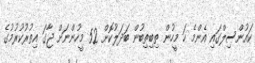
ކައުންސިލްގައި އެންމެ ހަ މީހުން ތިބިތިބުން ބަދަލުކޮށް 52 މީހުންނަށް ޖާގަ އިތުރުކުރުމުގެ